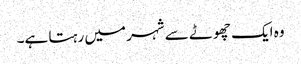
وہ ایک چھوٹے سے شہر میں رہتا ہے۔